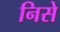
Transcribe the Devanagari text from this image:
निसे